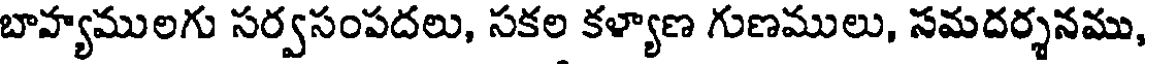
బాహ్యములగు సర్వసంపదలు, సకల కళ్యాణ గుణములు, సమదర్శనము,